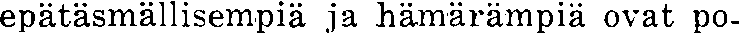
epätäsmällisempiä ja hämärämpiä ovat po-